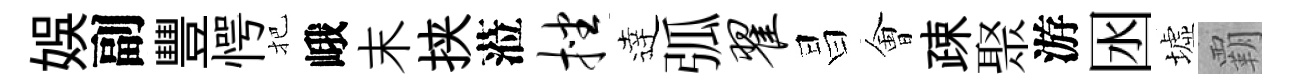
娱副豐愕把峨末挟蒞挫逹弧翟昌㑹疎聚游囦墟覇